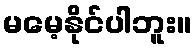
မမေ့နိုင်ပါဘူး။